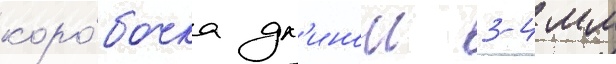
коро́бочка дл'инои 3-4 мм